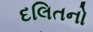
દલિતનો